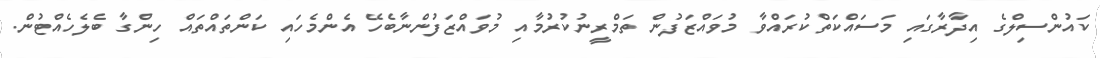
ކައުންސިލްގެ އިދާރާގައި މަސައްކަތްކުރައްވާ މުވައްޒަފުން ތަމްރީނުކުރުމާއި މުވައްޒަފުންނާބެހޭ އެންމެހައި ކަންތައްތައް ހިންގާ ބެލެހެއްޓުން.